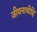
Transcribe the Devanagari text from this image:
जीवनाचीहि